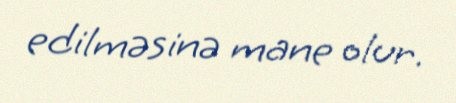
edilməsinə mane olur.